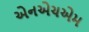
એનએચએમ